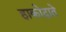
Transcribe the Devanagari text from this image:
हाकोदाते